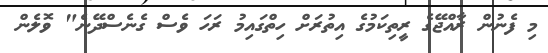
މި ފެނުން ރާއްޖޭގެ ރީތިކަމުގެ އިތުރަށް ހިތްގައިމު ރަހަ ވެސް ގެނެސްދޭނެ" ވޮލެން